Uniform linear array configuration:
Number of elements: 16
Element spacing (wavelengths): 0.25
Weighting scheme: kaiser
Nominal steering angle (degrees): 45
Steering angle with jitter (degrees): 44.439
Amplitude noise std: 0.05
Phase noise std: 0.05

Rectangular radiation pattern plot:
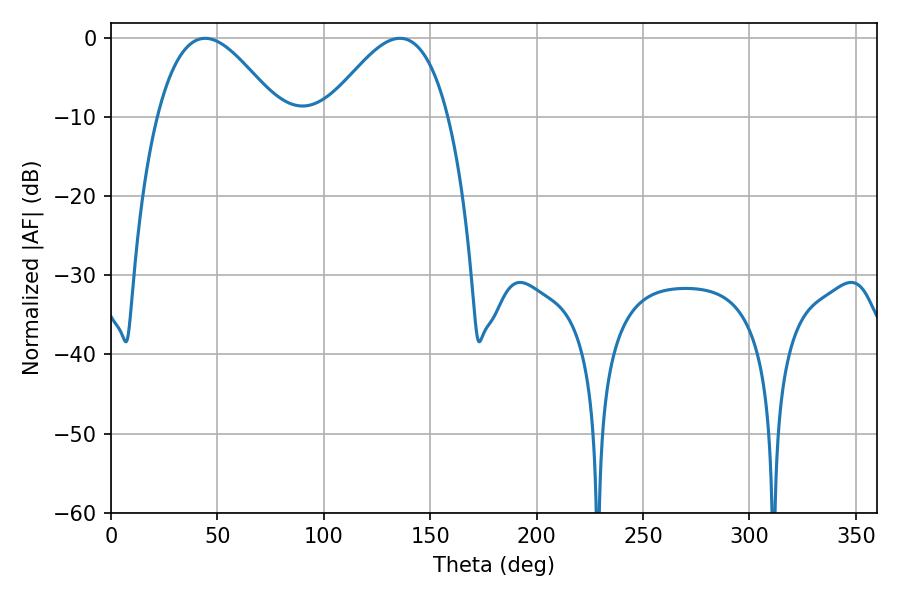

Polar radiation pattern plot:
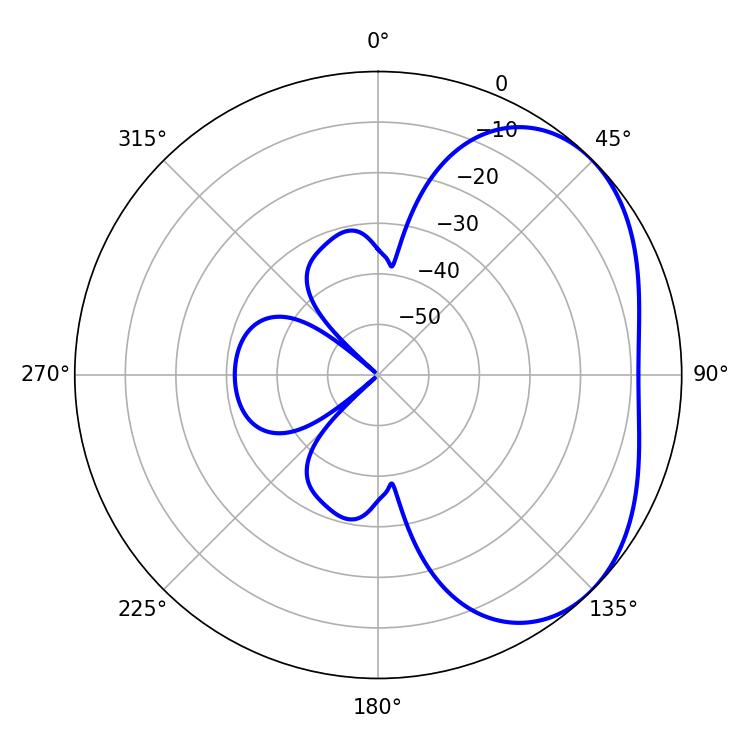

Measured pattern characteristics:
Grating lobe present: FALSE
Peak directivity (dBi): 3.505
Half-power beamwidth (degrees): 30.96
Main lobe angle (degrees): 44.28